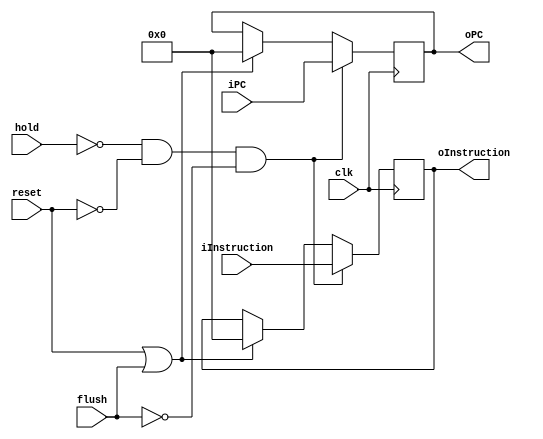
module IFID(
input clk, reset, hold,
input [31:0] iInstruction,
input [31:0]iPC,
input flush,
output reg [31:0] oInstruction,
output reg [31:0] oPC);

initial begin
	oInstruction <= 32'b0;
	oPC <= 32'b0;
end

always @(posedge clk)
begin
if(~hold && ~reset && ~flush) begin
	oInstruction <= iInstruction;
	oPC <= iPC;
	end
else if(reset || flush) begin
	oInstruction <= 32'b0;
	oPC <= 32'b0;
	end

end
endmodule